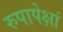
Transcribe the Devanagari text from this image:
रुपापेक्षां